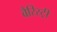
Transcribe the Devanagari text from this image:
बैरिस्ट्री